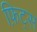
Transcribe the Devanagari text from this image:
फ़िट्स